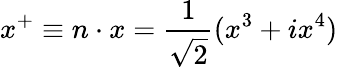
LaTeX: x^{+}\equiv n\cdot x=\frac{1}{\sqrt{2}}(x^{3}+ix^{4})